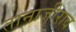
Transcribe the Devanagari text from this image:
तानाजीराव